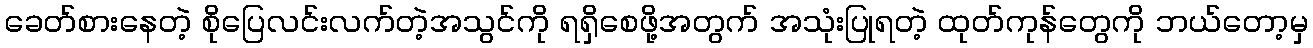
ခေတ်စားနေတဲ့ စိုပြေလင်းလက်တဲ့အသွင်ကို ရရှိစေဖို့အတွက် အသုံးပြုရတဲ့ ထုတ်ကုန်တွေကို ဘယ်တော့မှ